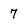
Character: 7